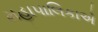
મહાપાલિકાએ